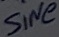
Text: SiNe